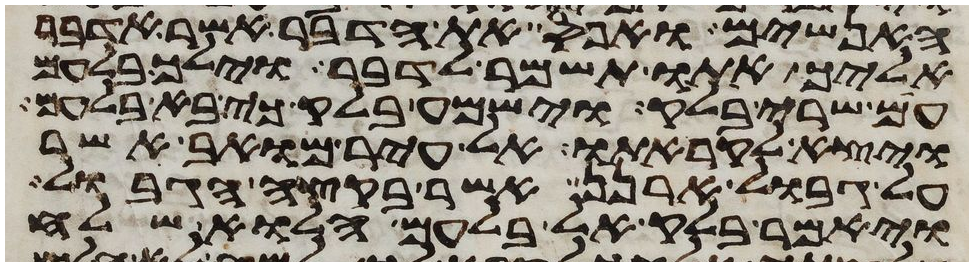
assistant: האנשים ואפס את הדבר אשר אדבר
אליך אתו תשמר לדבר וילך בלעם
עם שרי בלק וישמע בלק כי בא בלעם
ויצא לקראתו אל עיר מואב אשר
על גבול ארנן אשר בקצה הגבול
ויאמר בלק אל בלעם הלוא שלח